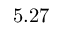
5 . 2 7